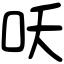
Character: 㕭